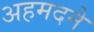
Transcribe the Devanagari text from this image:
अहमदने